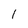
Character: 1